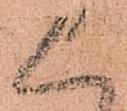
上